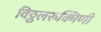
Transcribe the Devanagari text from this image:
विठ्ठलरूक्मिणी